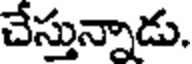
చేస్తున్నాడు.